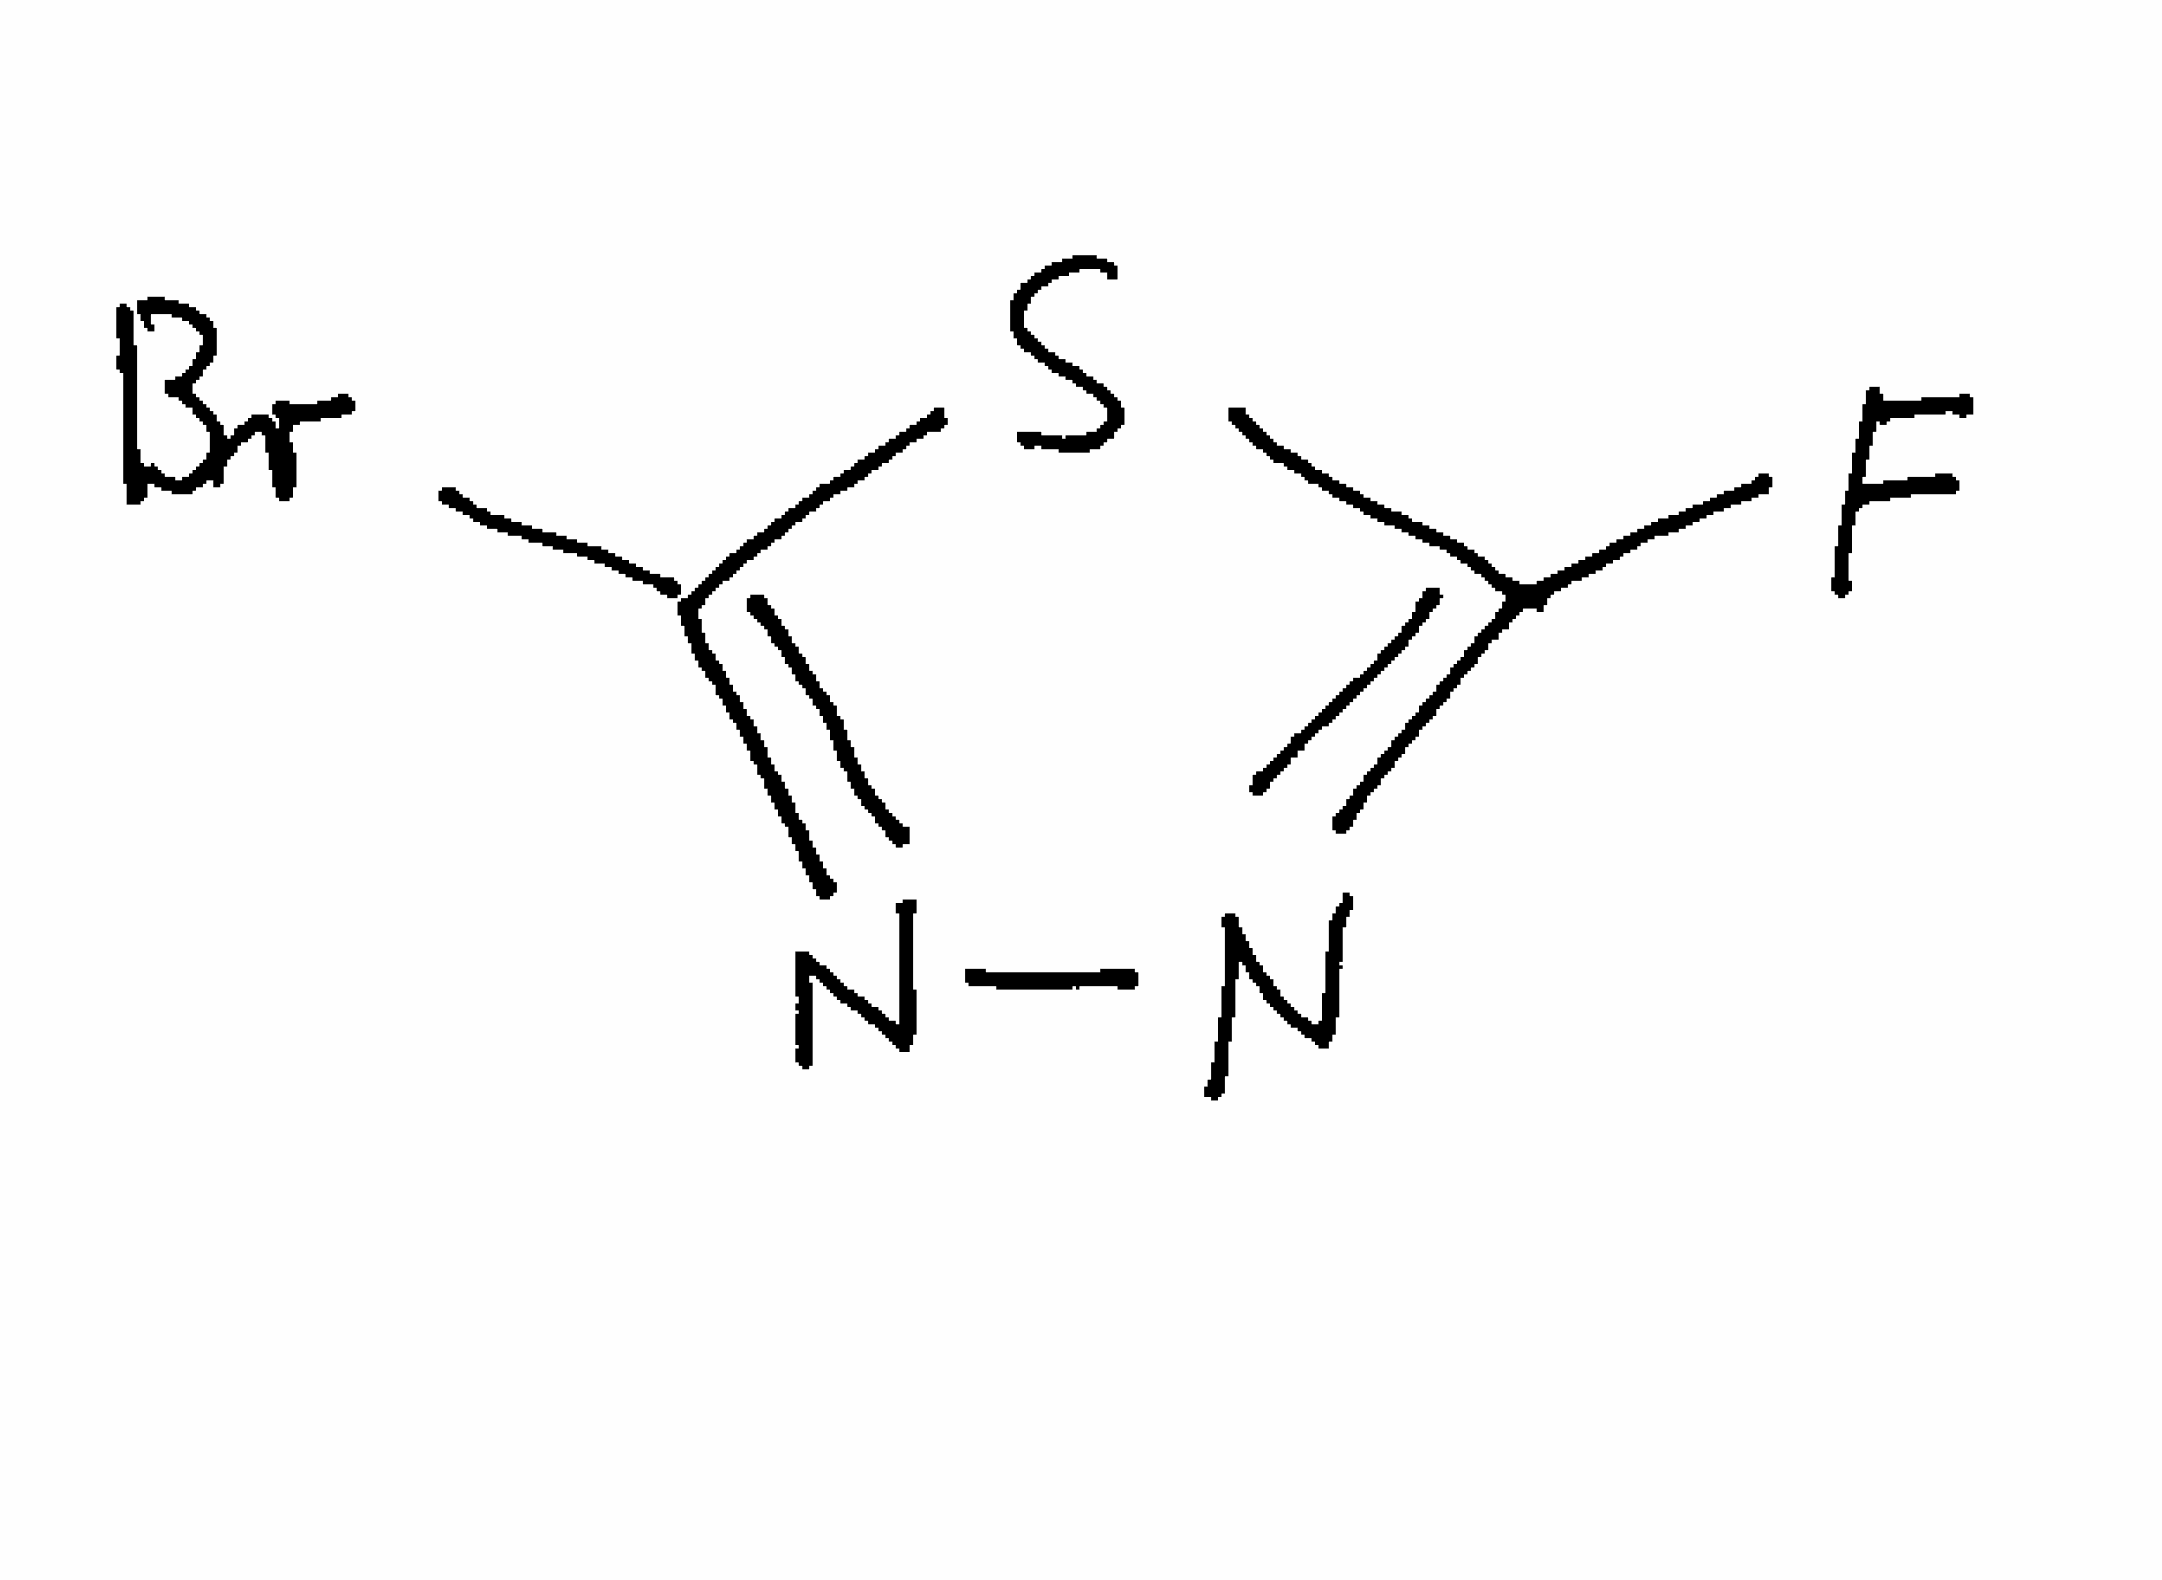
Simplified molecular-input line-entry system (SMILES) notation of the given molecule:
C1(=NN=C(S1)Br)F